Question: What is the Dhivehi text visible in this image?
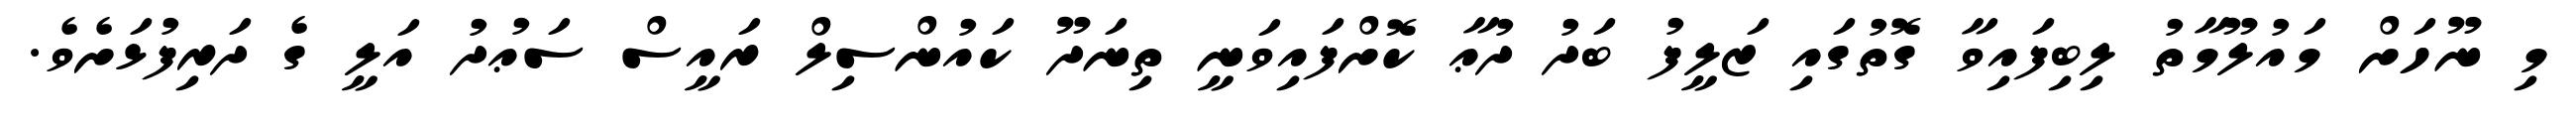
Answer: މި ނޫހަށް މައުލޫމާތު ލިބިފައިވާ ގޮތުގައި ޒަލީފު ބަދު ދުޢާ ކޮށްފައިވަނީ ތިނަދޫ ކައުންސިލް ރައީސް ސަޢުދު އަލީ ގެ ދަރިފުޅަށެވެ.